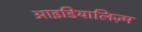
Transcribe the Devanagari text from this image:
आइडियालिज़्म